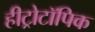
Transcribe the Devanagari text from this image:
हीट्रोटॉपिक